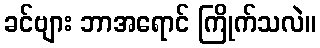
ခင်ဗျား ဘာအရောင် ကြိုက်သလဲ။